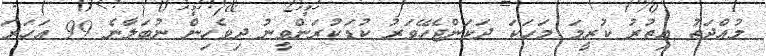
މުއްދަތު އިތުރު ކުރީމަ މަހަކަ ދަކަންޖެހޭވަރު ކުޑަކުރަންވީނު ދިވެހިން ނުބަލާނެ 99 އަހަރަ